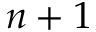
n + 1